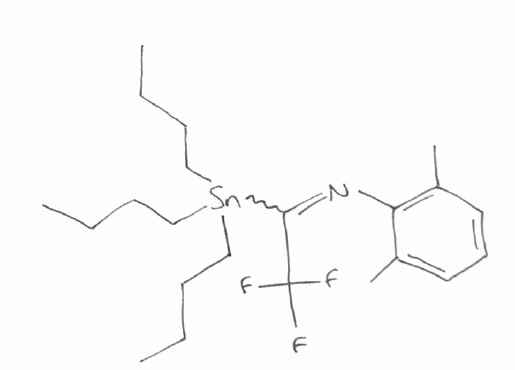
Simplified molecular-input line-entry system (SMILES) notation of the given molecule:
CCCC[Sn](CCCC)(CCCC)C(=NC1=C(C=CC=C1C)C)C(F)(F)F